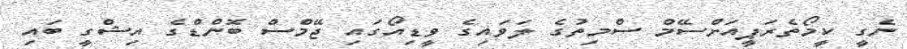
ނެގީ ކީމޯތެރަޕީއަށްސޭމް ސްމިތުގެ ލަވައިގެ ވީޑިއޯގައި ޖޭމްސް ބޮންޑްގެ އިޝްގީ ބައި